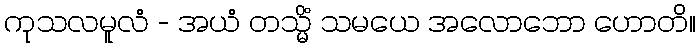
ကုသလမူလံ - အယံ တသ္မိံ သမယေ အလောဘော ဟောတိ။